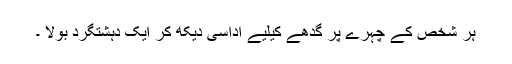
ہر شخص کے چہرے پر گدھے کیلیے اداسی دیکھ کر ایک دہشتگرد بولا ۔